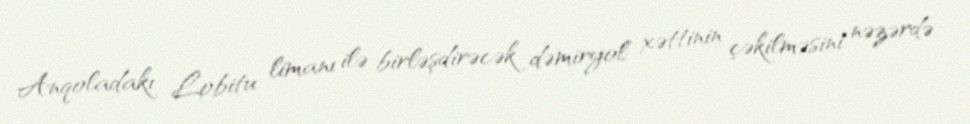
Anqoladakı Lobitu limanı ilə birləşdirəcək dəmiryol xəttinin çəkilməsini nəzərdə